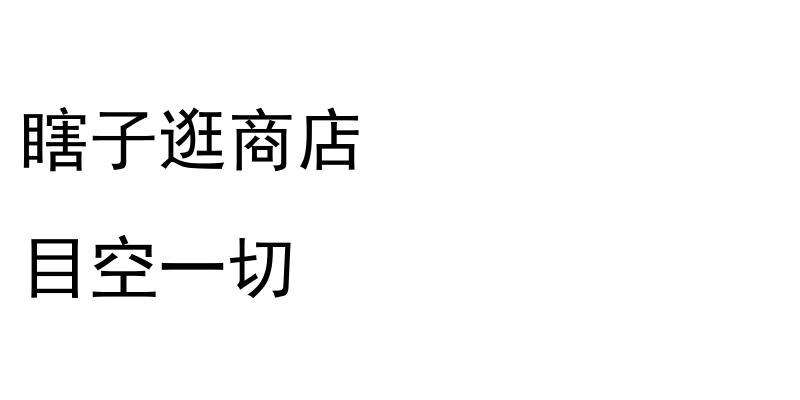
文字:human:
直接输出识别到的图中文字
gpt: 瞎子逛商店 目空一切